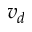
v _ { d }